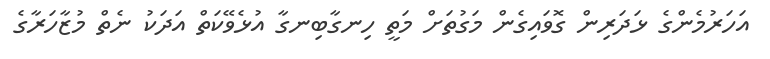
އަހަރުމެންގެ ޅަދަރިން ގޮވައިގެން މަގުތަށް މަތީ ހިނގާބިނގާ އުޅެވޭކަތް އަދަކު ނެތް މުޒާހަރާގެ